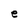
Character: e